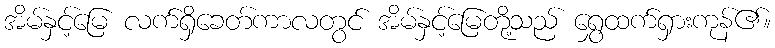
အိမ်နှင့်မြေ လက်ရှိခေတ်ကာလတွင် အိမ်နှင့်မြေတို့သည် ရွှေထက်ရှားကုန်၏။